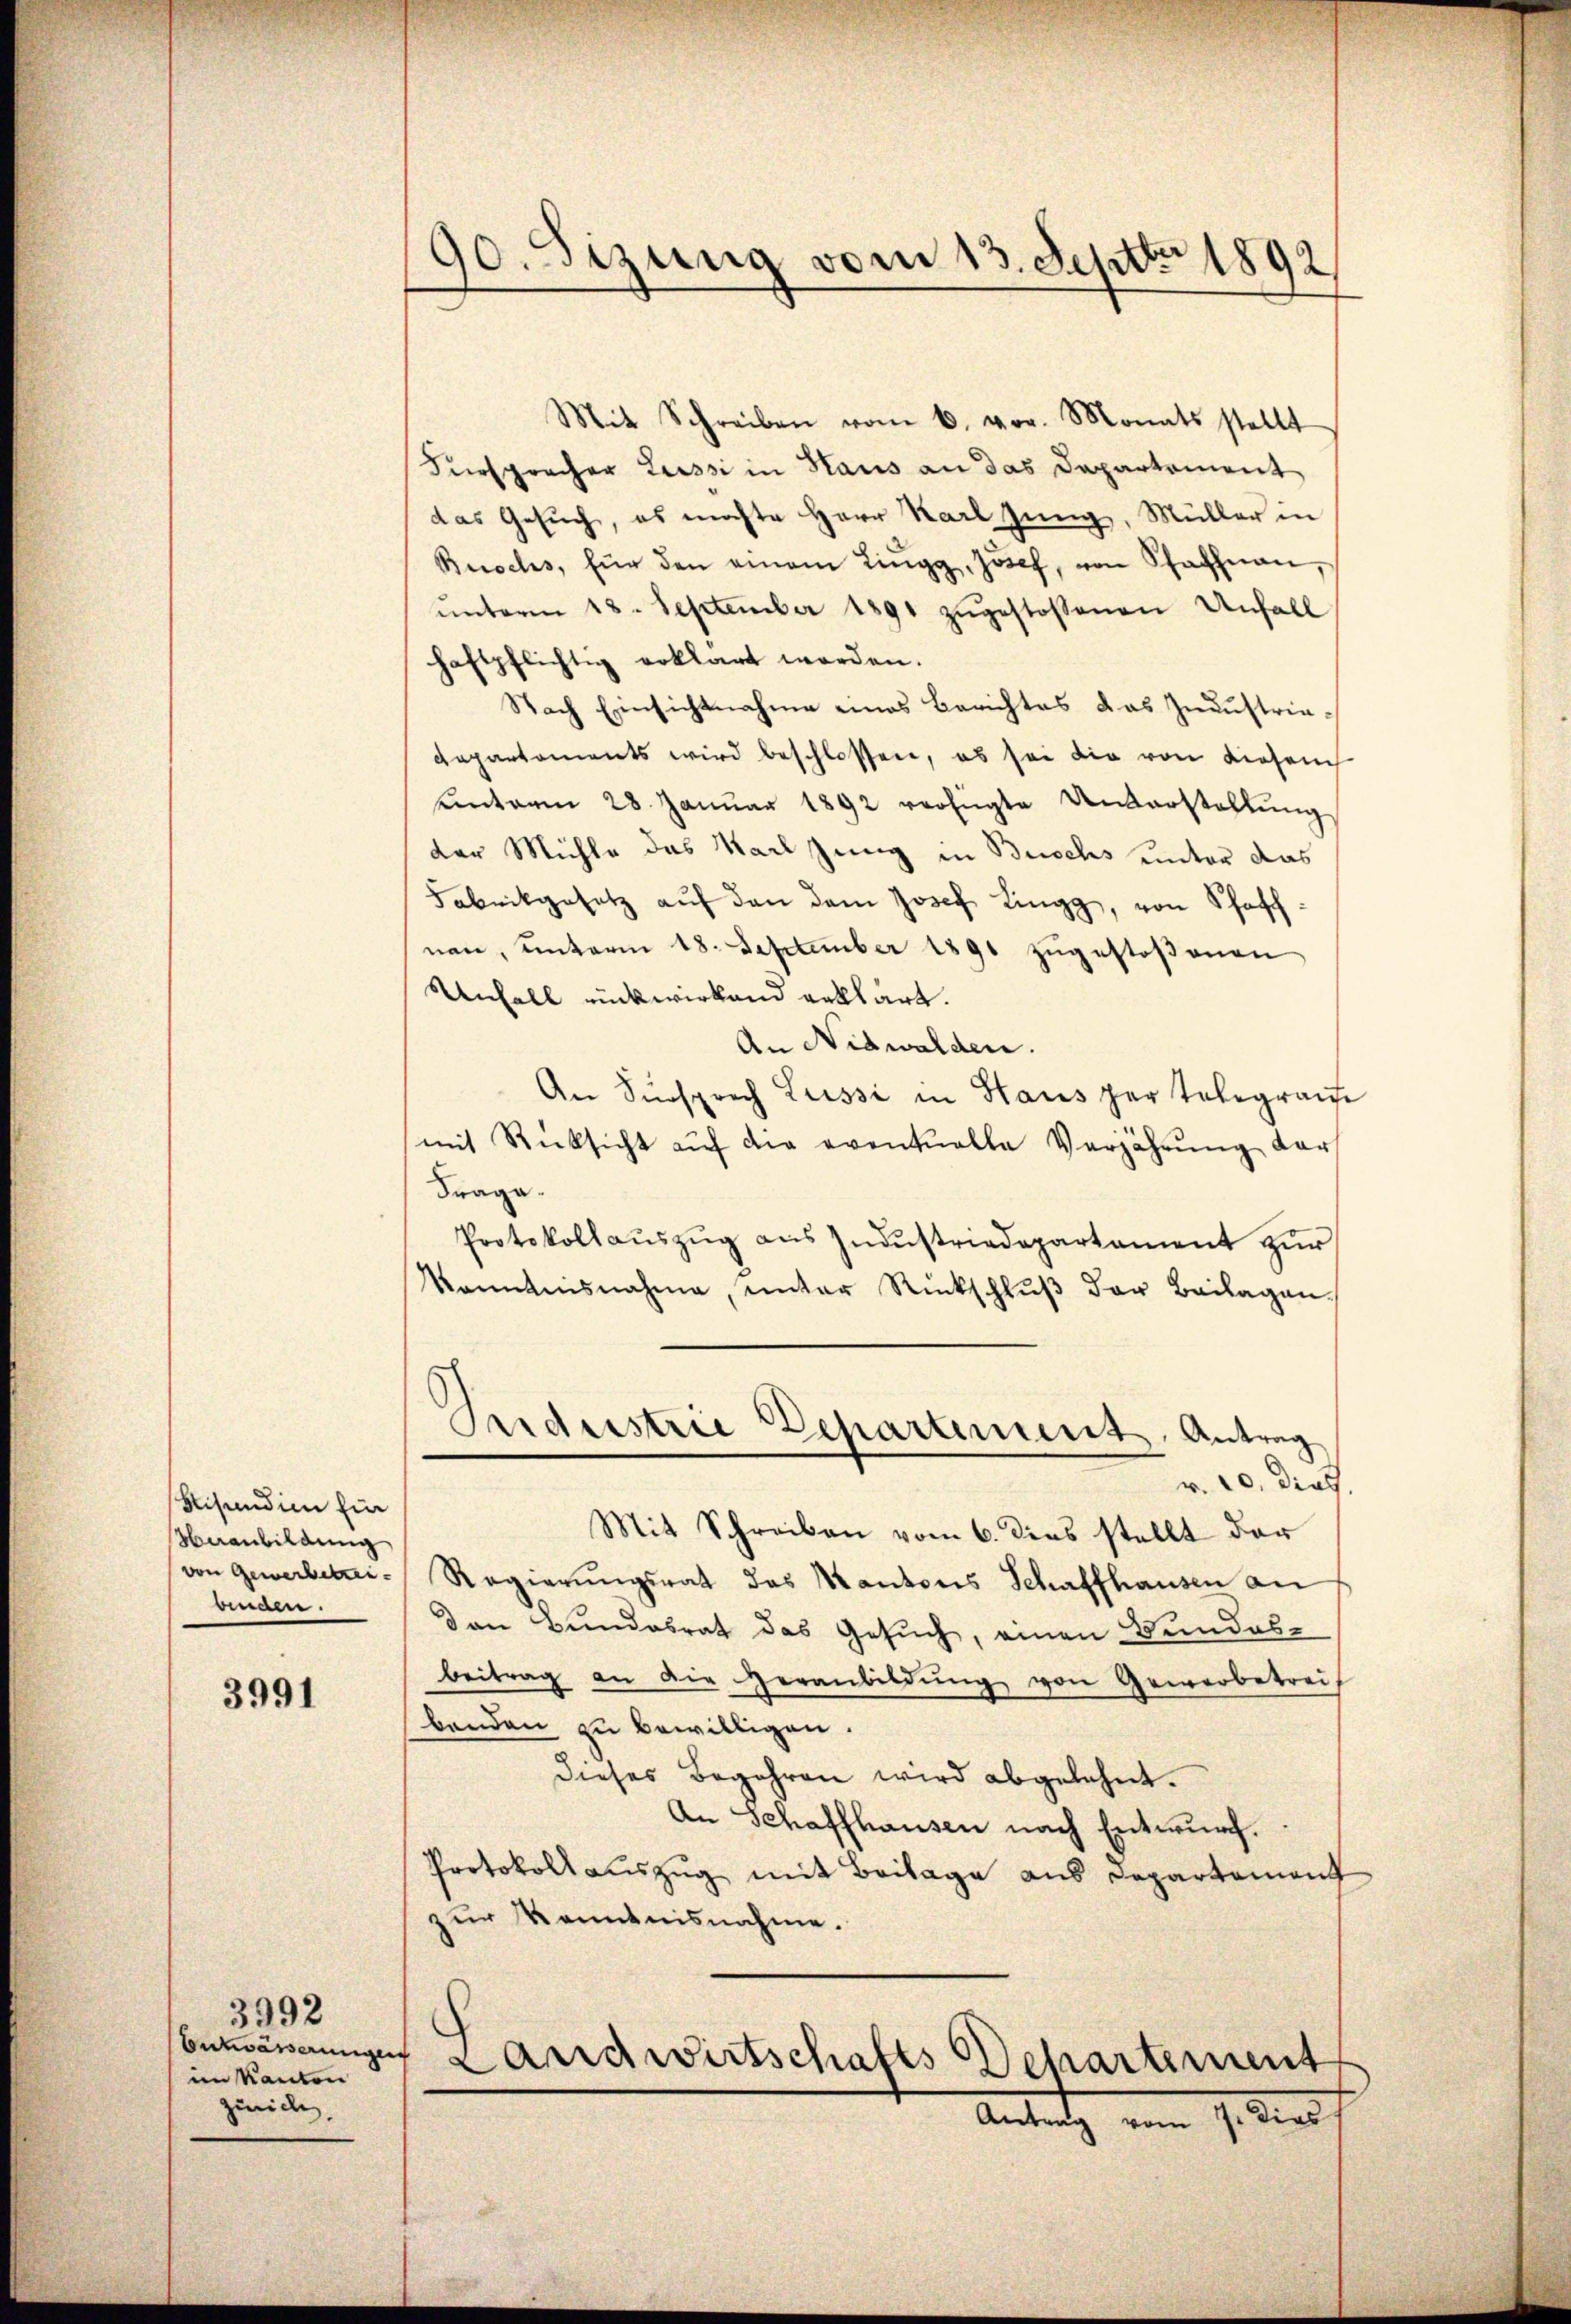
bisandien Ein
Veranbildung
binden.

3991

3992
Entwässerungen
im Kanton
zurich,

90. Sizung vom 13. Septbr 1892

Mit Schreiben vom 6. vor. Monats stellt
Fürspracher Lussi in Haus an das Departement
das Gesuch, es möchte Herr Karl Jung, Müller in
Besches, für den einem Lingg, Josef, von Schachnau,
ŭnterm 18. September 1891 zŭgestossenen Unfall
haftpflichtig erklärt worden.
Nach Einsichtnahme eines Berichtes das Industriadepartements wird beschlossen, es sei die von diesen
einterm 28. Januar 1892 verfügte Unterstellung
der Mühle das Karl jung in Buschs unter das
Fabrikgesetz aŭf den dem Josef Lingg, von Schaffnen, unterm 18. September 1891 zŭgestoßenen
Unfall rückwirkend erklärt.
An Nidwalden.
An Fürsprech Lussi in Haus per Telegraue
mit Rücksicht aŭf die eventuelle Verjährŭng der
Frage.
Protokollaŭszŭg aŭs Indŭstriadepartament zŭr
kanntnisnahme, ŭnter Rückschlŭβ der Beilagen.
Industrie Departement, Antrag
r. 10. dies
Mit Schreiben vom 6. dies stellt der
von Gewerbetrei- Regierungsrat des Kantons Schaffhausen an
den Bundesrat das Gesuch, einen Bundes-
beitrag an die Heranbildŭng von Gewerbetreif
benden zu bewilligen.
dieses Begehren wird abgelehnt.
An Schaffhausen nach Entwurf.
Protokoll auszug mit Beilage aus Departement
zur Kenntnisnahme.

c
Landwirtschafts Departement
Antratz vom 7. dies